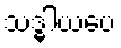
သဒ္ဓါယပေ